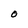
Character: O